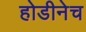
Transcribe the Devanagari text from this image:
होडीनेच